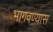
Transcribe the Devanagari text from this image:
भागवण्यास